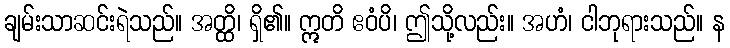
ချမ်းသာဆင်းရဲသည်။ အတ္ထိ၊ ရှိ၏။ ဣတိ ဧဝံပိ၊ ဤသို့လည်း။ အဟံ၊ ငါဘုရားသည်။ န